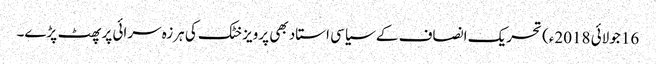
16 جولائی 2018ء) تحریک انصاف کے سیاسی استاد بھی پرویز خٹک کی ہرزہ سرائی پر پھٹ پڑے۔